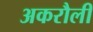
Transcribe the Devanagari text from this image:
अकरौली